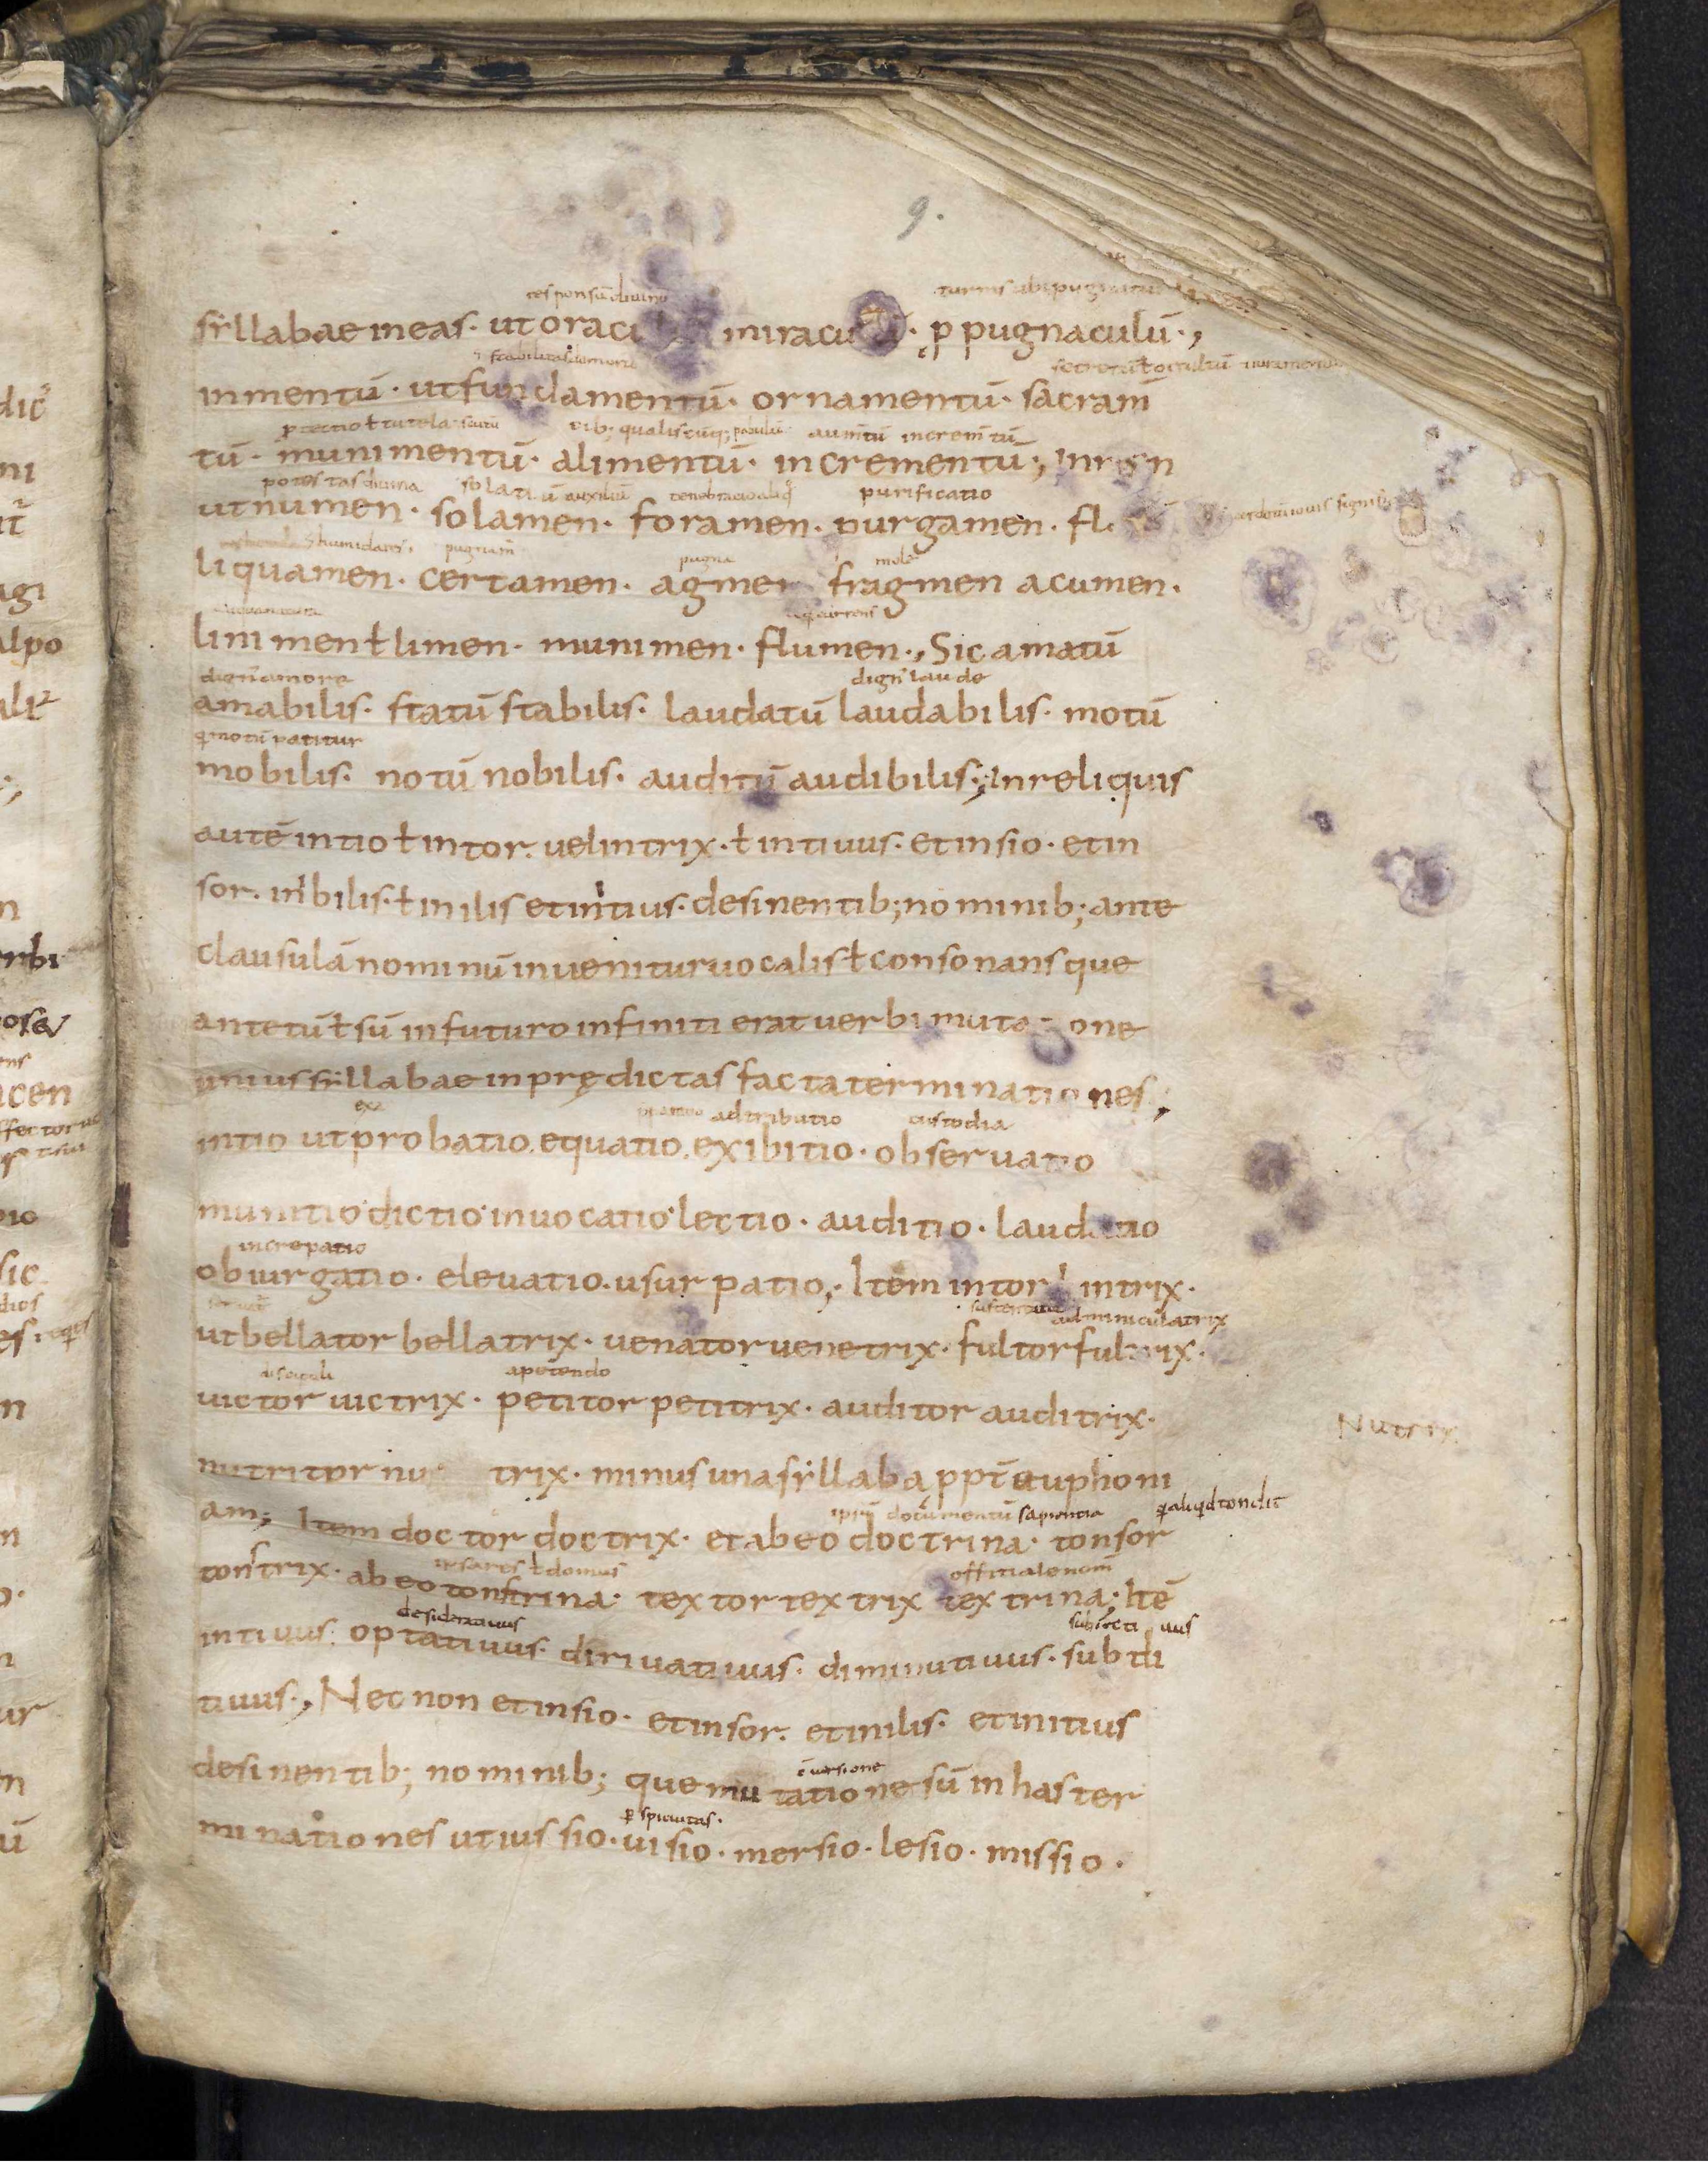
Shelfmark: Leiden, Bibliotheek der Rijksuniversiteit, Voss. Lat. O 41
Century: 9